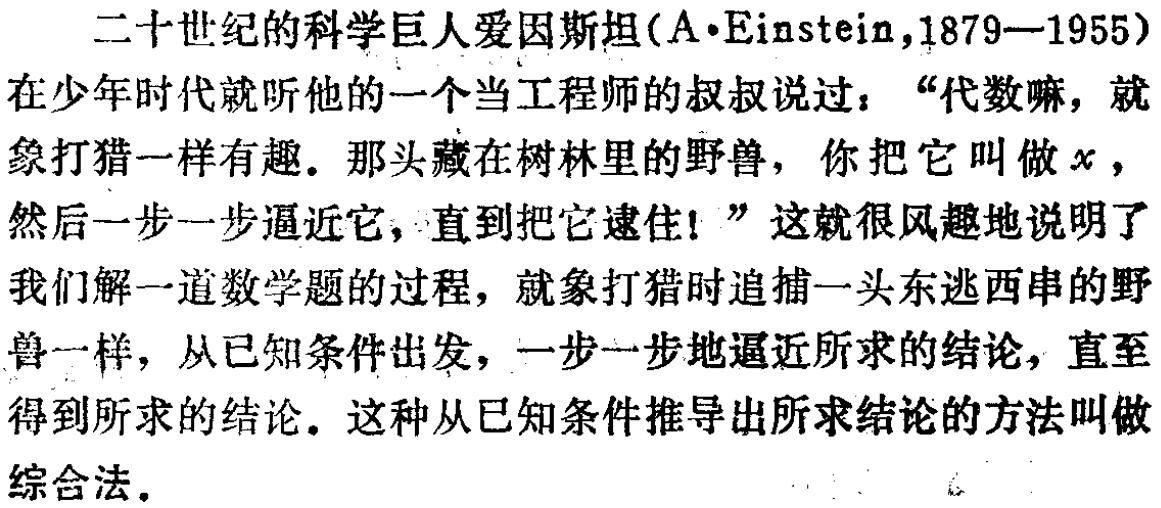
二十世纪的科学巨人爱因斯坦(A$\cdot$Einstein,1879—1955)在少年时代就听他的一个当工程师的叔叔说过：“代数嘛，就象打猎一样有趣。那头藏在树林里的野兽，你把它叫做$x$，然后一步一步逼近它，直到把它逮住！”这就很风趣地说明了我们解一道数学题的过程，就象打猎时追捕一头东逃西串的野兽一样，从已知条件出发，一步一步地逼近所求的结论，直至得到所求的结论。这种从已知条件推导出所求结论的方法叫做综合法。